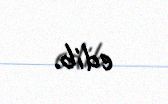
edib.